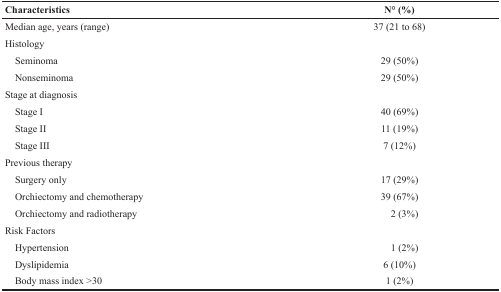
| Characteristics | N° (%) |
 | --- | --- |
 | Median age, years (range) | 37 (21 to 68) |
 | Histology |  |
 | Seminoma | 29 (50%) |
 | Nonseminoma | 29 (50%) |
 | Stage at diagnosis |  |
 | Stage I | 40 (69%) |
 | Stage II | 11 (19%) |
 | Stage III | 7 (12%) |
 | Previous therapy |  |
 | Surgery only | 17 (29%) |
 | Orchiectomy and chemotherapy | 39 (67%) |
 | Orchiectomy and radiotherapy | 2 (3%) |
 | Risk Factors |  |
 | Hypertension | 1 (2%) |
 | Dyslipidemia | 6 (10%) |
 | Body mass index >30 | 1 (2%) |